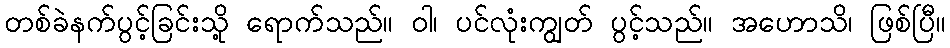
တစ်ခဲနက်ပွင့်ခြင်းသို့ ရောက်သည်။ ဝါ၊ ပင်လုံးကျွတ် ပွင့်သည်။ အဟောသိ၊ ဖြစ်ပြီ။